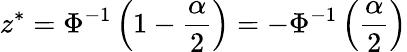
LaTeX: z^{*}=\Phi^{-1}\left(1-{\frac{\alpha}{2}}\right)=-\Phi^{-1}\left({\frac{\alpha}{2}}\right)